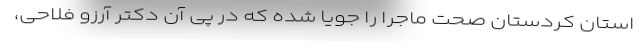
استان کردستان صحت ماجرا را جویا شده که در پی آن دکتر آرزو فلاحی،